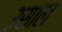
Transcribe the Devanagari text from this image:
३साल